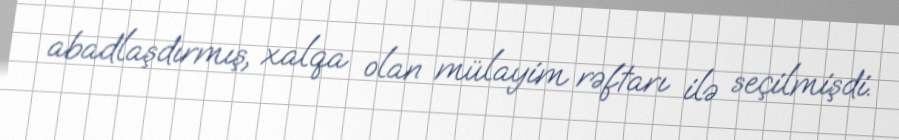
abadlaşdırmış, xalqa olan mülayim rəftarı ilə seçilmişdi.